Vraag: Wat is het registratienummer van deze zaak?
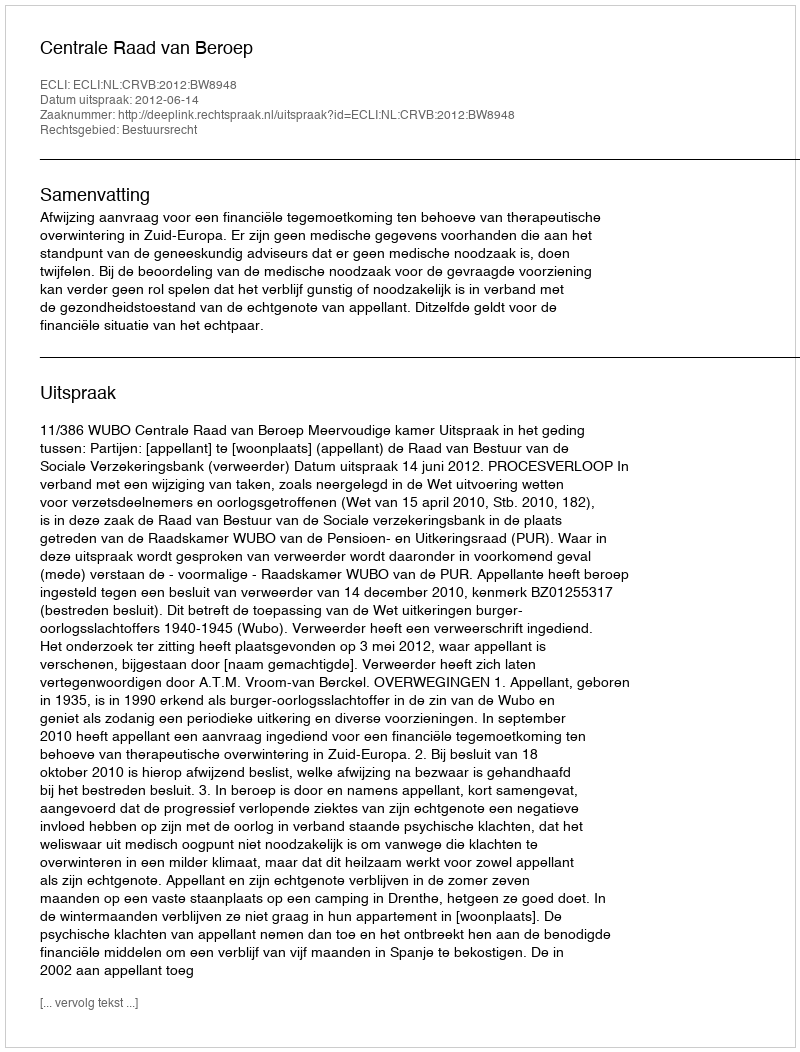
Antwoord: http://deeplink.rechtspraak.nl/uitspraak?id=ECLI:NL:CRVB:2012:BW8948